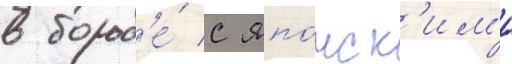
в борьб'е́ с япо́нск'им'и